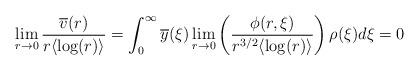
LaTeX: \begin{align*} \lim_{r \rightarrow 0} \frac{\overline{v}(r)}{r \langle \log(r) \rangle} = \int_{0}^{\infty} \overline{y}(\xi) \lim_{r\rightarrow 0}\left(\frac{\phi(r,\xi)}{r^{3/2} \langle \log(r) \rangle}\right) \rho(\xi) d\xi=0\end{align*}